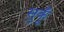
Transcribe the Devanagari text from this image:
सुकूँ